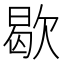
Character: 歇